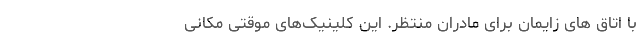
با اتاق های زایمان برای مادران منتظر. این کلینیک‌های موقتی مکانی